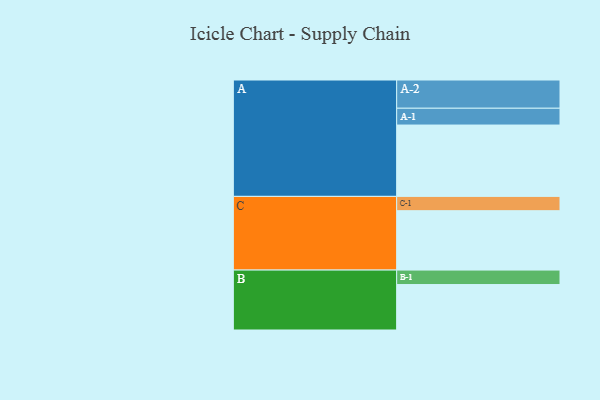
{"axis": {"x": "Segment", "y": "Value"}, "legend": ["", "A", "B", "C"], "data": [{"x": "A", "y": 513, "type": ""}, {"x": "B", "y": 327, "type": ""}, {"x": "C", "y": 427, "type": ""}, {"x": "A-1", "y": 121, "type": "A"}, {"x": "A-2", "y": 203, "type": "A"}, {"x": "B-1", "y": 104, "type": "B"}, {"x": "C-1", "y": 103, "type": "C"}]}